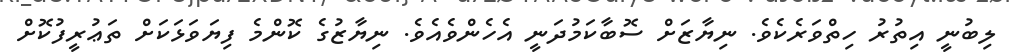
ލިބުނީ އިތުރު ހިތްވަރެކެވެ. ނިޔާޒަށް ސޮބާކަމުދަނީ އެހެންވެއެވެ. ނިޔާޒުގެ ކޮންމެ ފިޔަވަޅަކަށް ތަޢުރީފުކޮށް